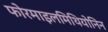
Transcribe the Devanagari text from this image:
फोरमाइलमिथियोनिन